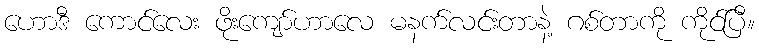
ဟောဒီ ကောင်လေး ဖိုးကျော်ဟာလေ မနက်လင်းတာနဲ့ ဂစ်တာကို ကိုင်ပြီ။